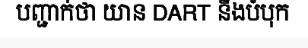
បញ្ជាក់ថា យាន DART នឹងបំបុក